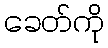
ခေတ်ကို